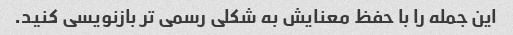
این جمله را با حفظ معنایش به شکلی رسمی تر بازنویسی کنید.